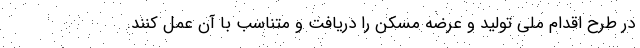
در طرح اقدام ملی تولید و عرضه مسکن را دریافت و متناسب با آن عمل کنند.